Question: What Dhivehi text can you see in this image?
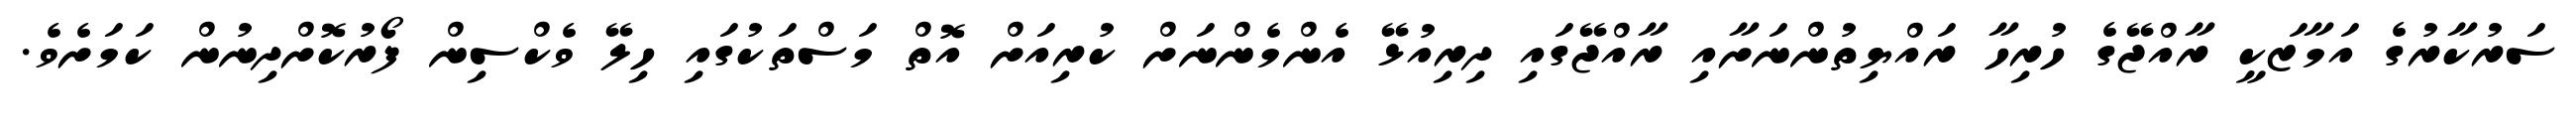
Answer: ސަރުކާރުގެ އަމާޒަކީ ރާއްޖޭގެ ހުރިހާ ރައްޔިތުންނަށާއި ރާއްޖޭގައި ދިރިއުޅޭ އެންމެންނަށް ކުރިއަށް އޮތް މަސްތަކުގައި ހިލޭ ވެކްސިން ފޯރުކޮށްދިނުން ކަމަށެވެ.